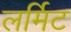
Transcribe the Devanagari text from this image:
लर्मिट